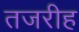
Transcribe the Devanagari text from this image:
तजरीह